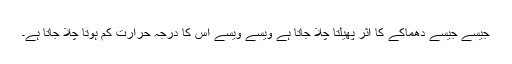
جیسے جیسے دھماکے کا اثر پھیلتا چلا جاتا ہے ویسے ویسے اس کا درجہ حرارت کم ہوتا چلا جاتا ہے۔